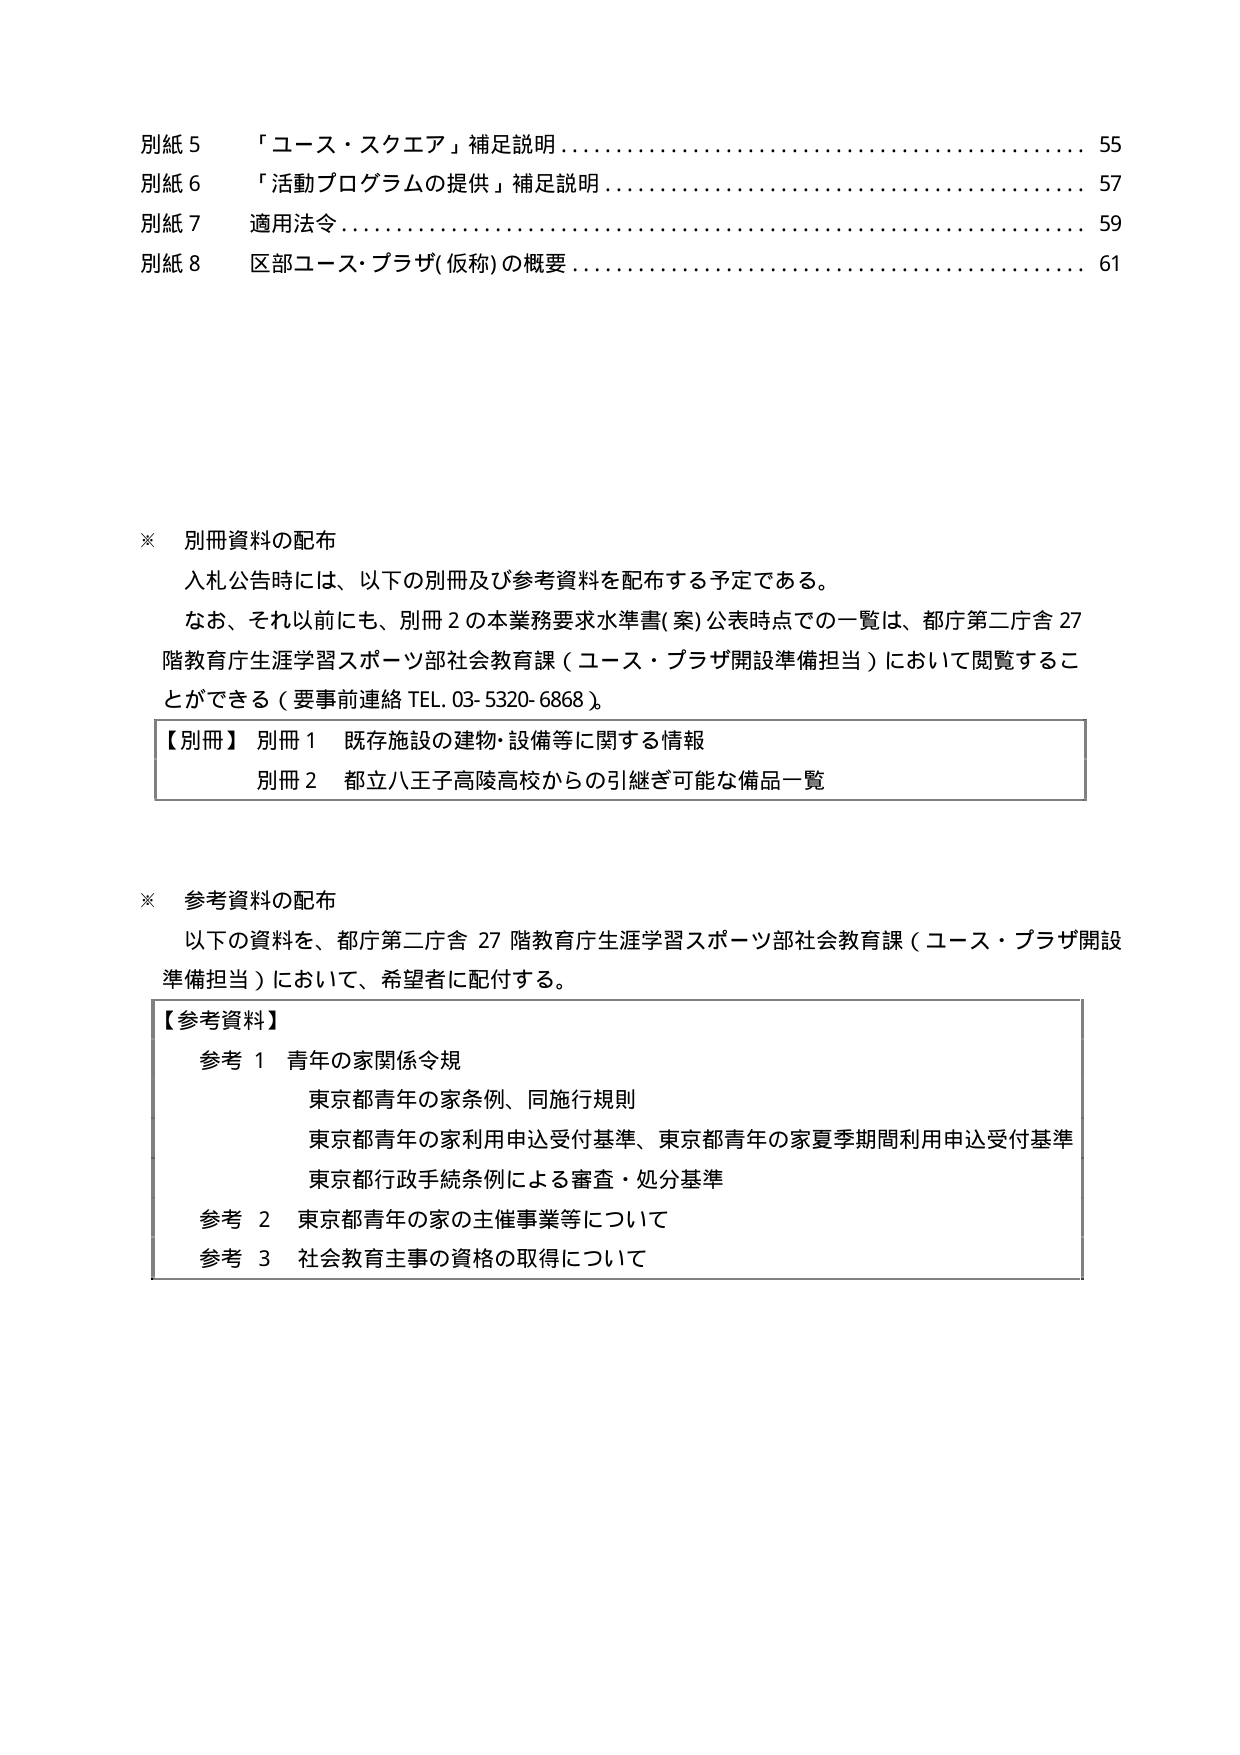
別紙 5 「ユース・スクエア」補足説明……………………………………… 55
別紙 6 「活動プログラムの提供」補足説明………………………………… 57
別紙 7 適用法令……………………………………………………………… 59
別紙 8 区部ユース・プラザ(仮称)の概要…………………………………… 61

※ 別冊資料の配布
入札公告時には、以下の別冊及び参考資料を配布する予定である。
なお、それ以前にも、別冊2の本業務要求水準書(案)公表時点での一覧は、都庁第二庁舎27階教育庁生涯学習スポーツ部社会教育課（ユース・プラザ開設準備担当）において閲覧することができる（要事前連絡 TEL. 03-5320-6868）。

【別冊】 別冊1 既存施設の建物・設備等に関する情報
　　　　別冊2 都立八王子高陵高校からの引継ぎ可能な備品一覧

※ 参考資料の配布
以下の資料を、都庁第二庁舎27階教育庁生涯学習スポーツ部社会教育課（ユース・プラザ開設準備担当）において、希望者に配付する。

【参考資料】
　参考1 青年の家関係令規
　　　　東京都青年の家条例、同施行規則
　　　　東京都青年の家利用申込受付基準、東京都青年の家夏季期間利用申込受付基準
　　　　東京都行政手続条例による審査・処分基準
　参考2 東京都青年の家の主催事業等について
　参考3 社会教育主事の資格の取得について